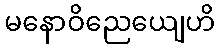
မနောဝိညေယျေဟိ